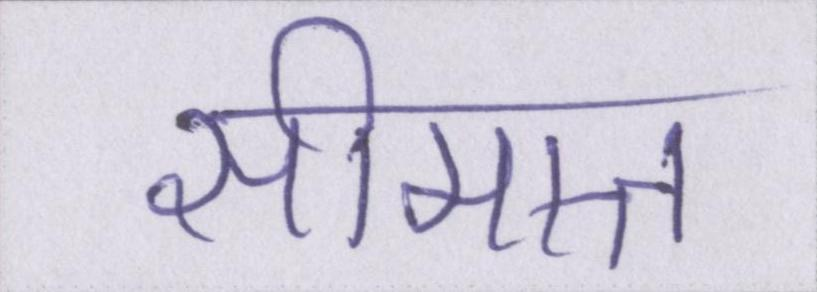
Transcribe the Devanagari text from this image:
सीमान्त